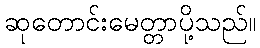
ဆုတောင်းမေတ္တာပို့သည်။